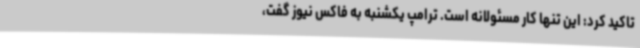
تاکید کرد: این تنها کار مسئولانه است. ترامپ یکشنبه به فاکس نیوز گفت،